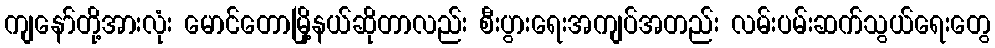
ကျနော်တို့အားလုံး မောင်တောမြို့နယ်ဆိုတာလည်း စီးပွားရေးအကျပ်အတည်း လမ်းပမ်းဆက်သွယ်ရေးတွေ